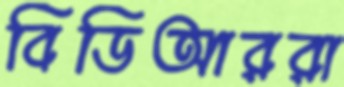
বিডিআররা